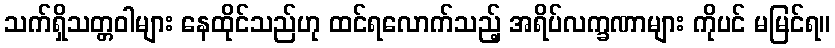
သက်ရှိသတ္တဝါများ နေထိုင်သည်ဟု ထင်ရလောက်သည့် အရိပ်လက္ခဏာများ ကိုပင် မမြင်ရ။